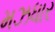
મઝધાર